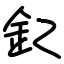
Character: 釔